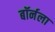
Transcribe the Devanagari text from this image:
बॉर्नला